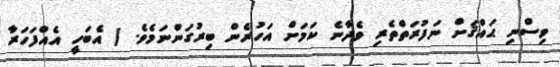
ވިސްނި ޙައްޤަށް ނަފުރަތްތެރި ވެދާނެ ކަމަށް އަހުރެން ބިރުގަންނަމެވެ. ( އެބަހީ އެއްފަހަރާ